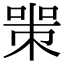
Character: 𠷽